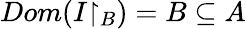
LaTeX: Dom(I{\upharpoonright_{B}})=B\subseteq A